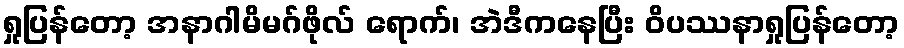
ရှုပြန်တော့ အနာဂါမိမဂ်ဖိုလ် ရောက်၊ အဲဒီကနေပြီး ဝိပဿနာရှုပြန်တော့